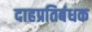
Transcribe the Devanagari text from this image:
दाहप्रतिबंधक